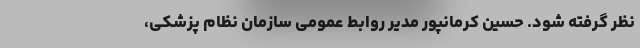
نظر گرفته شود. حسین کرمانپور مدیر روابط عمومی سازمان نظام پزشکی،‌